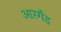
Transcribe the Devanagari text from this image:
आरगैंड